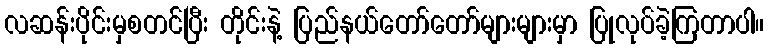
လဆန်းပိုင်းမှစတင်ပြီး တိုင်းနဲ့ ပြည်နယ်တော်တော်များများမှာ ပြုလုပ်ခဲ့ကြတာပါ။